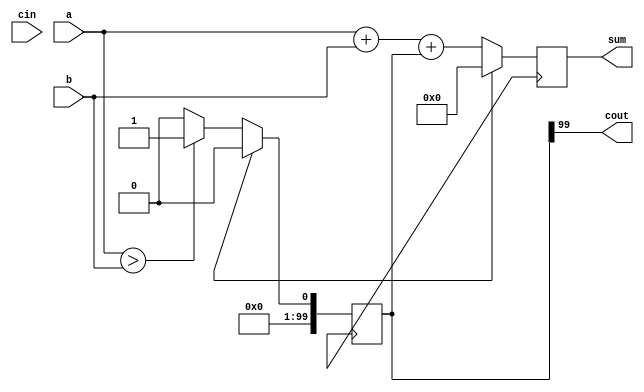
module top_module( 
    input [99:0] a, b,
    input cin,
    output cout,
    output [99:0] sum );

    reg [99:0] sum;
    reg [99:0] carry;

    always @(posedge clk) begin
        if (reset) begin
            sum <= 0;
            carry <= 0;
        end else begin
            sum <= a + b + carry;
            carry <= (a > b) ? 1 : 0;
        end
    end

    assign cout = carry[99];

endmodule